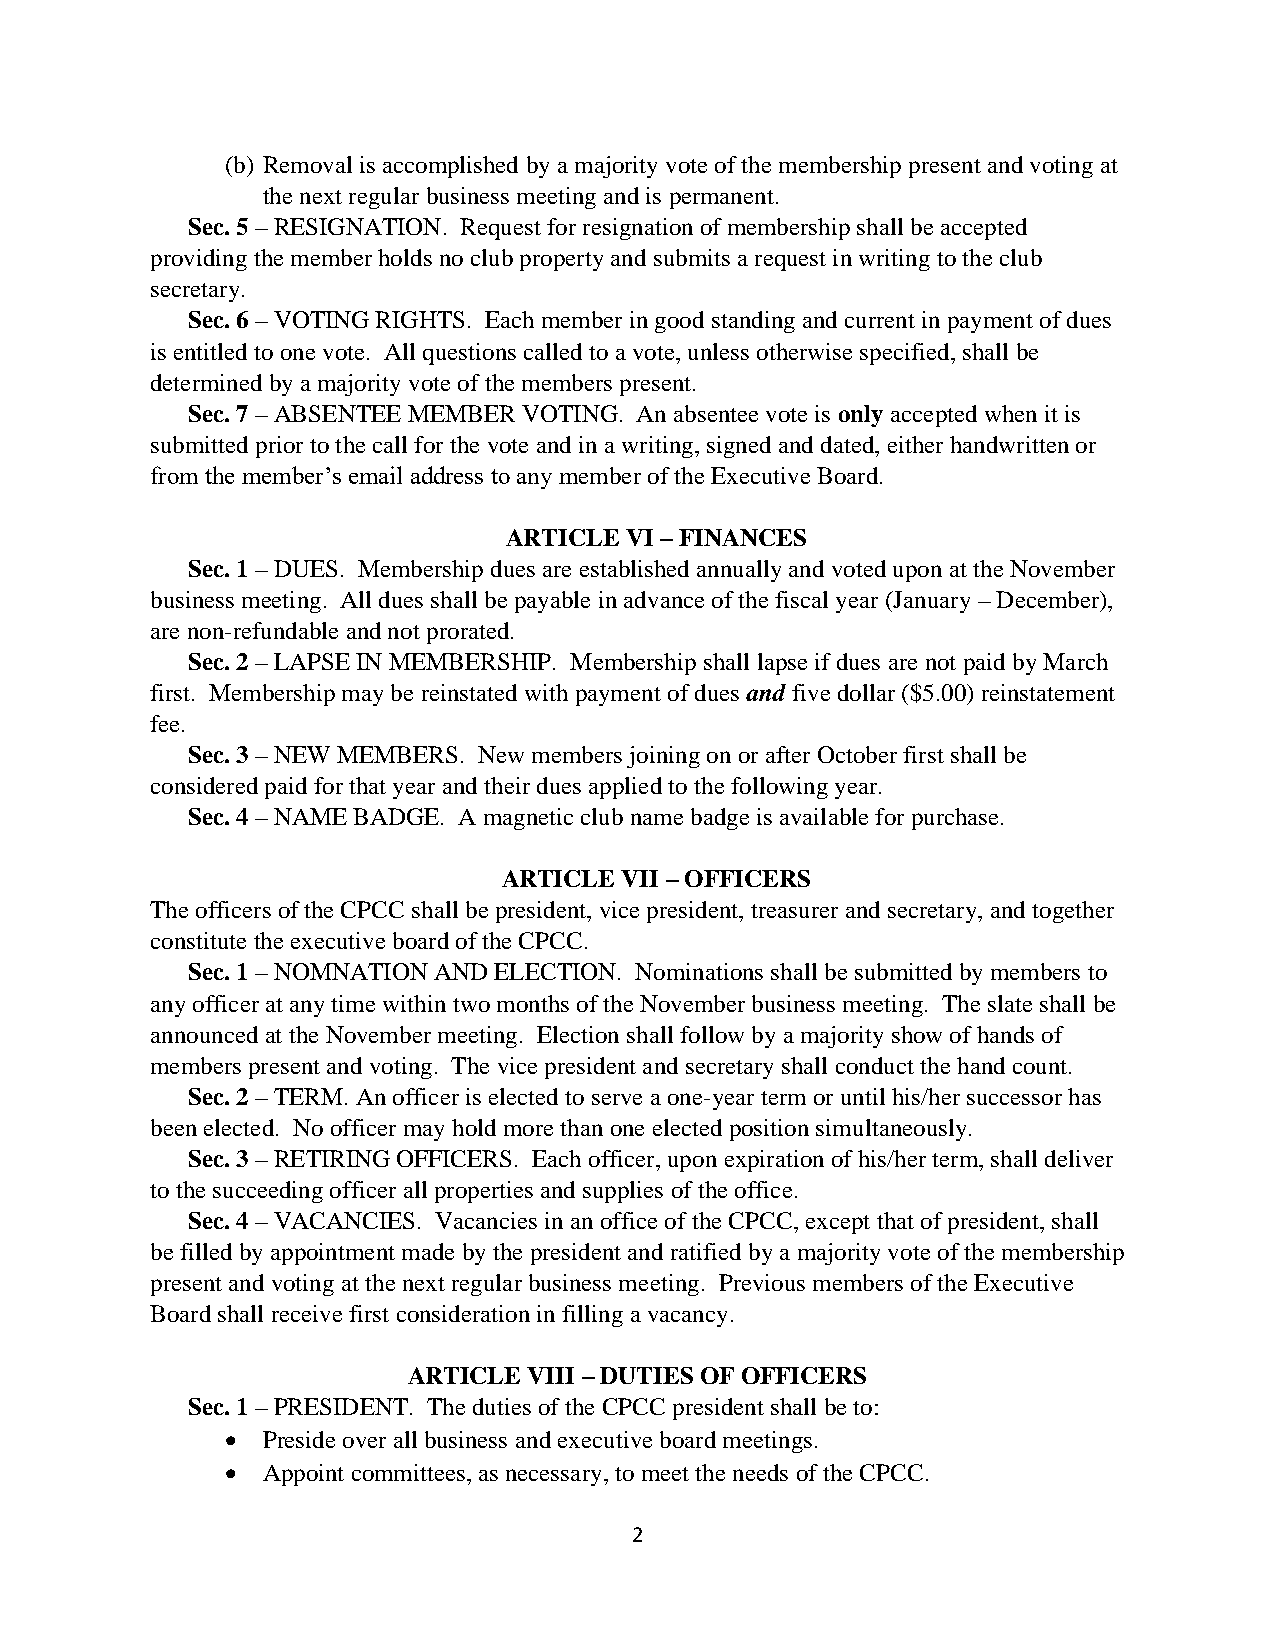
(b) Removal is accomplished by a majority vote of the membership present and voting at
 the next regular business meeting and is permanent.
 Sec. 5 – RESIGNATION. Request for resignation of membership shall be accepted
 providing the member holds no club property and submits a request in writing to the club
 secretary.
 Sec. 6 – VOTING RIGHTS. Each member in good standing and current in payment of dues
 is entitled to one vote. All questions called to a vote, unless otherwise specified, shall be
 determined by a majority vote of the members present.
 Sec. 7 – ABSENTEE MEMBER VOTING. An absentee vote is only accepted when it is
 submitted prior to the call for the vote and in a writing, signed and dated, either handwritten or
 from the member’s email address to any member of the Executive Board.
 ARTICLE VI – FINANCES
 Sec. 1 – DUES. Membership dues are established annually and voted upon at the November
 business meeting. All dues shall be payable in advance of the fiscal year (January – December),
 are non-refundable and not prorated.
 Sec. 2 – LAPSE IN MEMBERSHIP. Membership shall lapse if dues are not paid by March
 first. Membership may be reinstated with payment of dues and five dollar ($5.00) reinstatement
 fee.
 Sec. 3 – NEW MEMBERS. New members joining on or after October first shall be
 considered paid for that year and their dues applied to the following year.
 Sec. 4 – NAME BADGE. A magnetic club name badge is available for purchase.
 ARTICLE VII – OFFICERS
 The officers of the CPCC shall be president, vice president, treasurer and secretary, and together
 constitute the executive board of the CPCC.
 Sec. 1 – NOMNATION AND ELECTION. Nominations shall be submitted by members to
 any officer at any time within two months of the November business meeting. The slate shall be
 announced at the November meeting. Election shall follow by a majority show of hands of
 members present and voting. The vice president and secretary shall conduct the hand count.
 Sec. 2 – TERM. An officer is elected to serve a one-year term or until his/her successor has
 been elected. No officer may hold more than one elected position simultaneously.
 Sec. 3 – RETIRING OFFICERS. Each officer, upon expiration of his/her term, shall deliver
 to the succeeding officer all properties and supplies of the office.
 Sec. 4 – VACANCIES. Vacancies in an office of the CPCC, except that of president, shall
 be filled by appointment made by the president and ratified by a majority vote of the membership
 present and voting at the next regular business meeting. Previous members of the Executive
 Board shall receive first consideration in filling a vacancy.
 ARTICLE VIII – DUTIES OF OFFICERS
 Sec. 1 – PRESIDENT. The duties of the CPCC president shall be to:
 • Preside over all business and executive board meetings.
 • Appoint committees, as necessary, to meet the needs of the CPCC.
 2